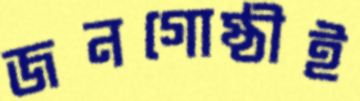
জনগোষ্ঠীই